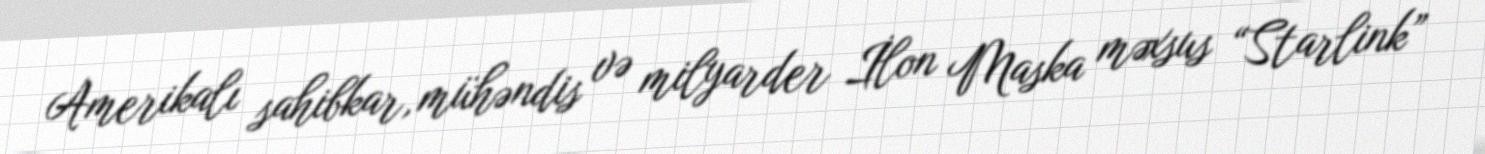
Amerikalı sahibkar, mühəndis və milyarder İlon Maska məxsus “Starlink”